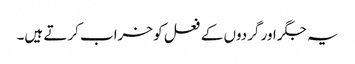
یہ جگر اور گردوں کے فعل کو خراب کرتے ہیں۔